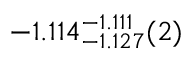
- 1 . 1 1 4 _ { - 1 . 1 2 7 } ^ { - 1 . 1 1 1 } ( 2 )